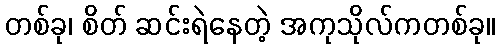
တစ်ခု၊ စိတ် ဆင်းရဲနေတဲ့ အကုသိုလ်ကတစ်ခု။